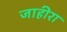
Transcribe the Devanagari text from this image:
जाहीरा